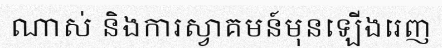
ណាស់ និងការស្វាគមន៍មុនឡើងរេញ